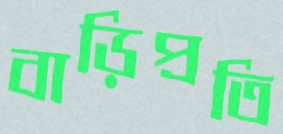
বাড়িপ্রতি